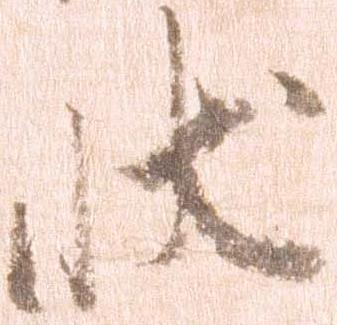
状